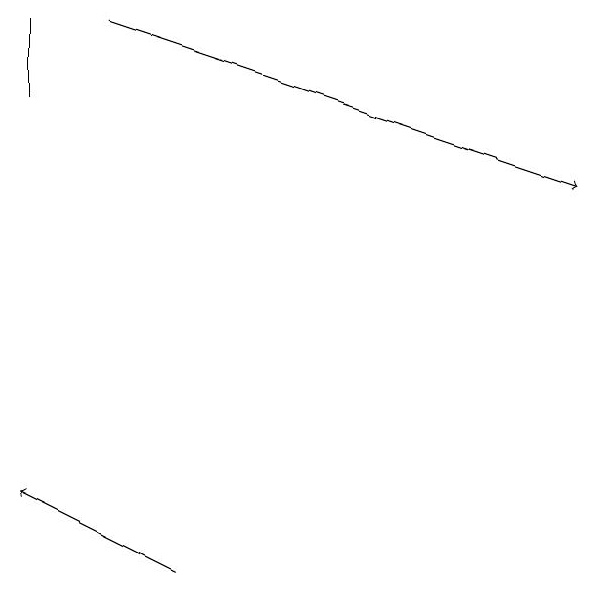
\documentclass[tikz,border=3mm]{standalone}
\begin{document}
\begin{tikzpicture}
\draw (2,18) rectangle (2,17);
\draw[->] (4,11) -- (2,12);
\draw[->] (3,18) -- (9,16);
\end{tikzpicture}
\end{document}